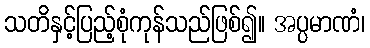
သတိနှင့်ပြည့်စုံကုန်သည်ဖြစ်၍။ အပ္ပမာဏံ၊